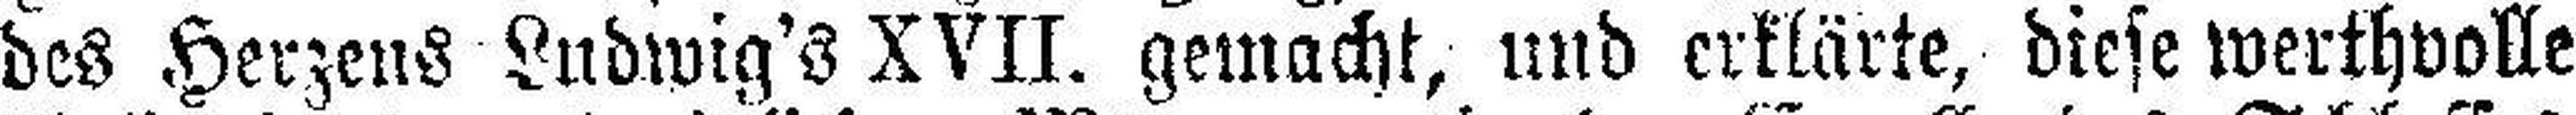
des Herzens Ludwig's XVII. gemacht, und erklärte, diese werthvolle